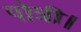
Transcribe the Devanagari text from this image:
पोत्री।